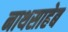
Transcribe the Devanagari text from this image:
नाथसाहेब